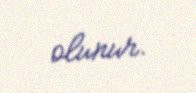
olunur.